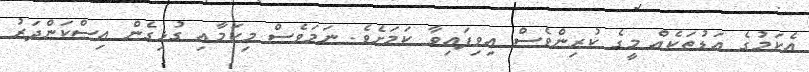
އެކަމުގެ އަޑުތަކެއް މީގެ ކުރިންވެސް އިވިފައިވާ ކަމަށެވެ. ނަމަވެސް މިކަމާއި ގުޅިގެން އިސްކަންދަރު